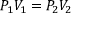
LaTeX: P _ { 1 } V _ { 1 } = P _ { 2 } V _ { 2 }